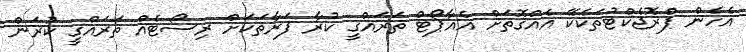
އެހެން ޕްރޮޖެކްޓުތަކެކޭ އެއްގޮތަށް އެއާޕޯޓް ތަރައްގީ ކުރާ ފަރާތަކަށް ރިސޯޓެއް ތަރައްގީ ކުރަން